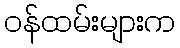
ဝန်ထမ်းများက